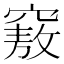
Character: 𥨆